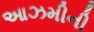
આઝમીની